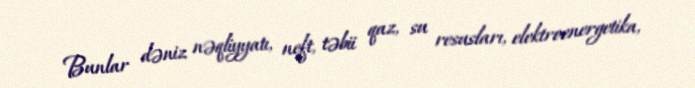
Bunlar dəniz nəqliyyatı, neft, təbii qaz, su resusları, elektroenergetika,